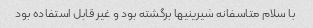
با سلام متاسفانه شیرینیها برگشته بود و غیر قابل استفاده بود